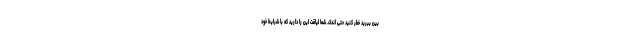
بین ببرید خطر کنید حتی اندک. شما لیاقت این را دارید که با شرایط خود